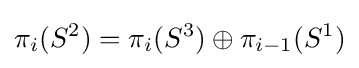
\pi _{i}(S^{2})=\pi _{i}(S^{3})\oplus \pi _{i-1}(S^{1})